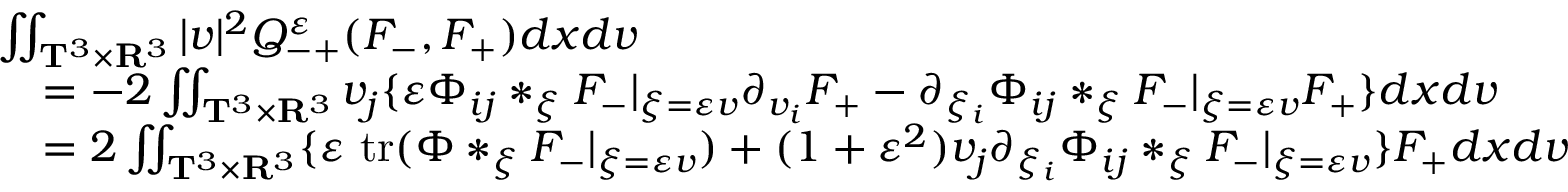
\begin{array} { r l } & { \iint _ { \mathbf T ^ { 3 } \times \mathbf R ^ { 3 } } | v | ^ { 2 } Q _ { - + } ^ { \varepsilon } ( F _ { - } , F _ { + } ) d x d v } \\ & { \quad = - 2 \iint _ { \mathbf T ^ { 3 } \times \mathbf R ^ { 3 } } v _ { j } \{ \varepsilon \Phi _ { i j } * _ { \xi } F _ { - } | _ { \xi = \varepsilon v } \partial _ { v _ { i } } F _ { + } - \partial _ { \xi _ { i } } \Phi _ { i j } * _ { \xi } F _ { - } | _ { \xi = \varepsilon v } F _ { + } \} d x d v } \\ & { \quad = 2 \iint _ { \mathbf T ^ { 3 } \times \mathbf R ^ { 3 } } \{ \varepsilon \ \mathrm { t r } ( \Phi * _ { \xi } F _ { - } | _ { \xi = \varepsilon v } ) + ( 1 + \varepsilon ^ { 2 } ) v _ { j } \partial _ { \xi _ { i } } \Phi _ { i j } * _ { \xi } F _ { - } | _ { \xi = \varepsilon v } \} F _ { + } d x d v } \end{array}